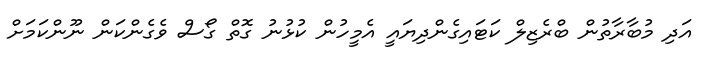
އަދި މުބާރާތުން ބްރެޒިލް ކަޓައިގެންދިޔައީ އެމީހުން ކުޅުނު ގޮތް ގޯސް ވެގެންކަން ނޫންކަމަށް